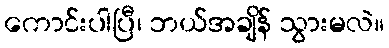
ကောင်းပါပြီ၊ ဘယ်အချိန် သွားမလဲ။